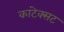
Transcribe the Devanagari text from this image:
कांटेक्सट